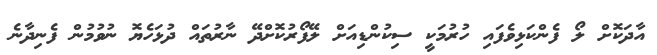
އާދަކޮށް ލޯ ފެންކަޅިވެފައި ހުރުމަކީ ސިކުންޑިއަށް ލޭފޯރުކޮށްދޭ ނާރުތައް ދުޅަހެޔޮ ނުވުމުން ފެނިދާނެ